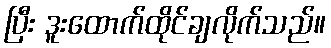
ပြီး ဒူးထောက်ထိုင်ချလိုက်သည်။